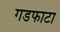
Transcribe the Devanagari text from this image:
गडफाटा